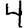
Digit: 4